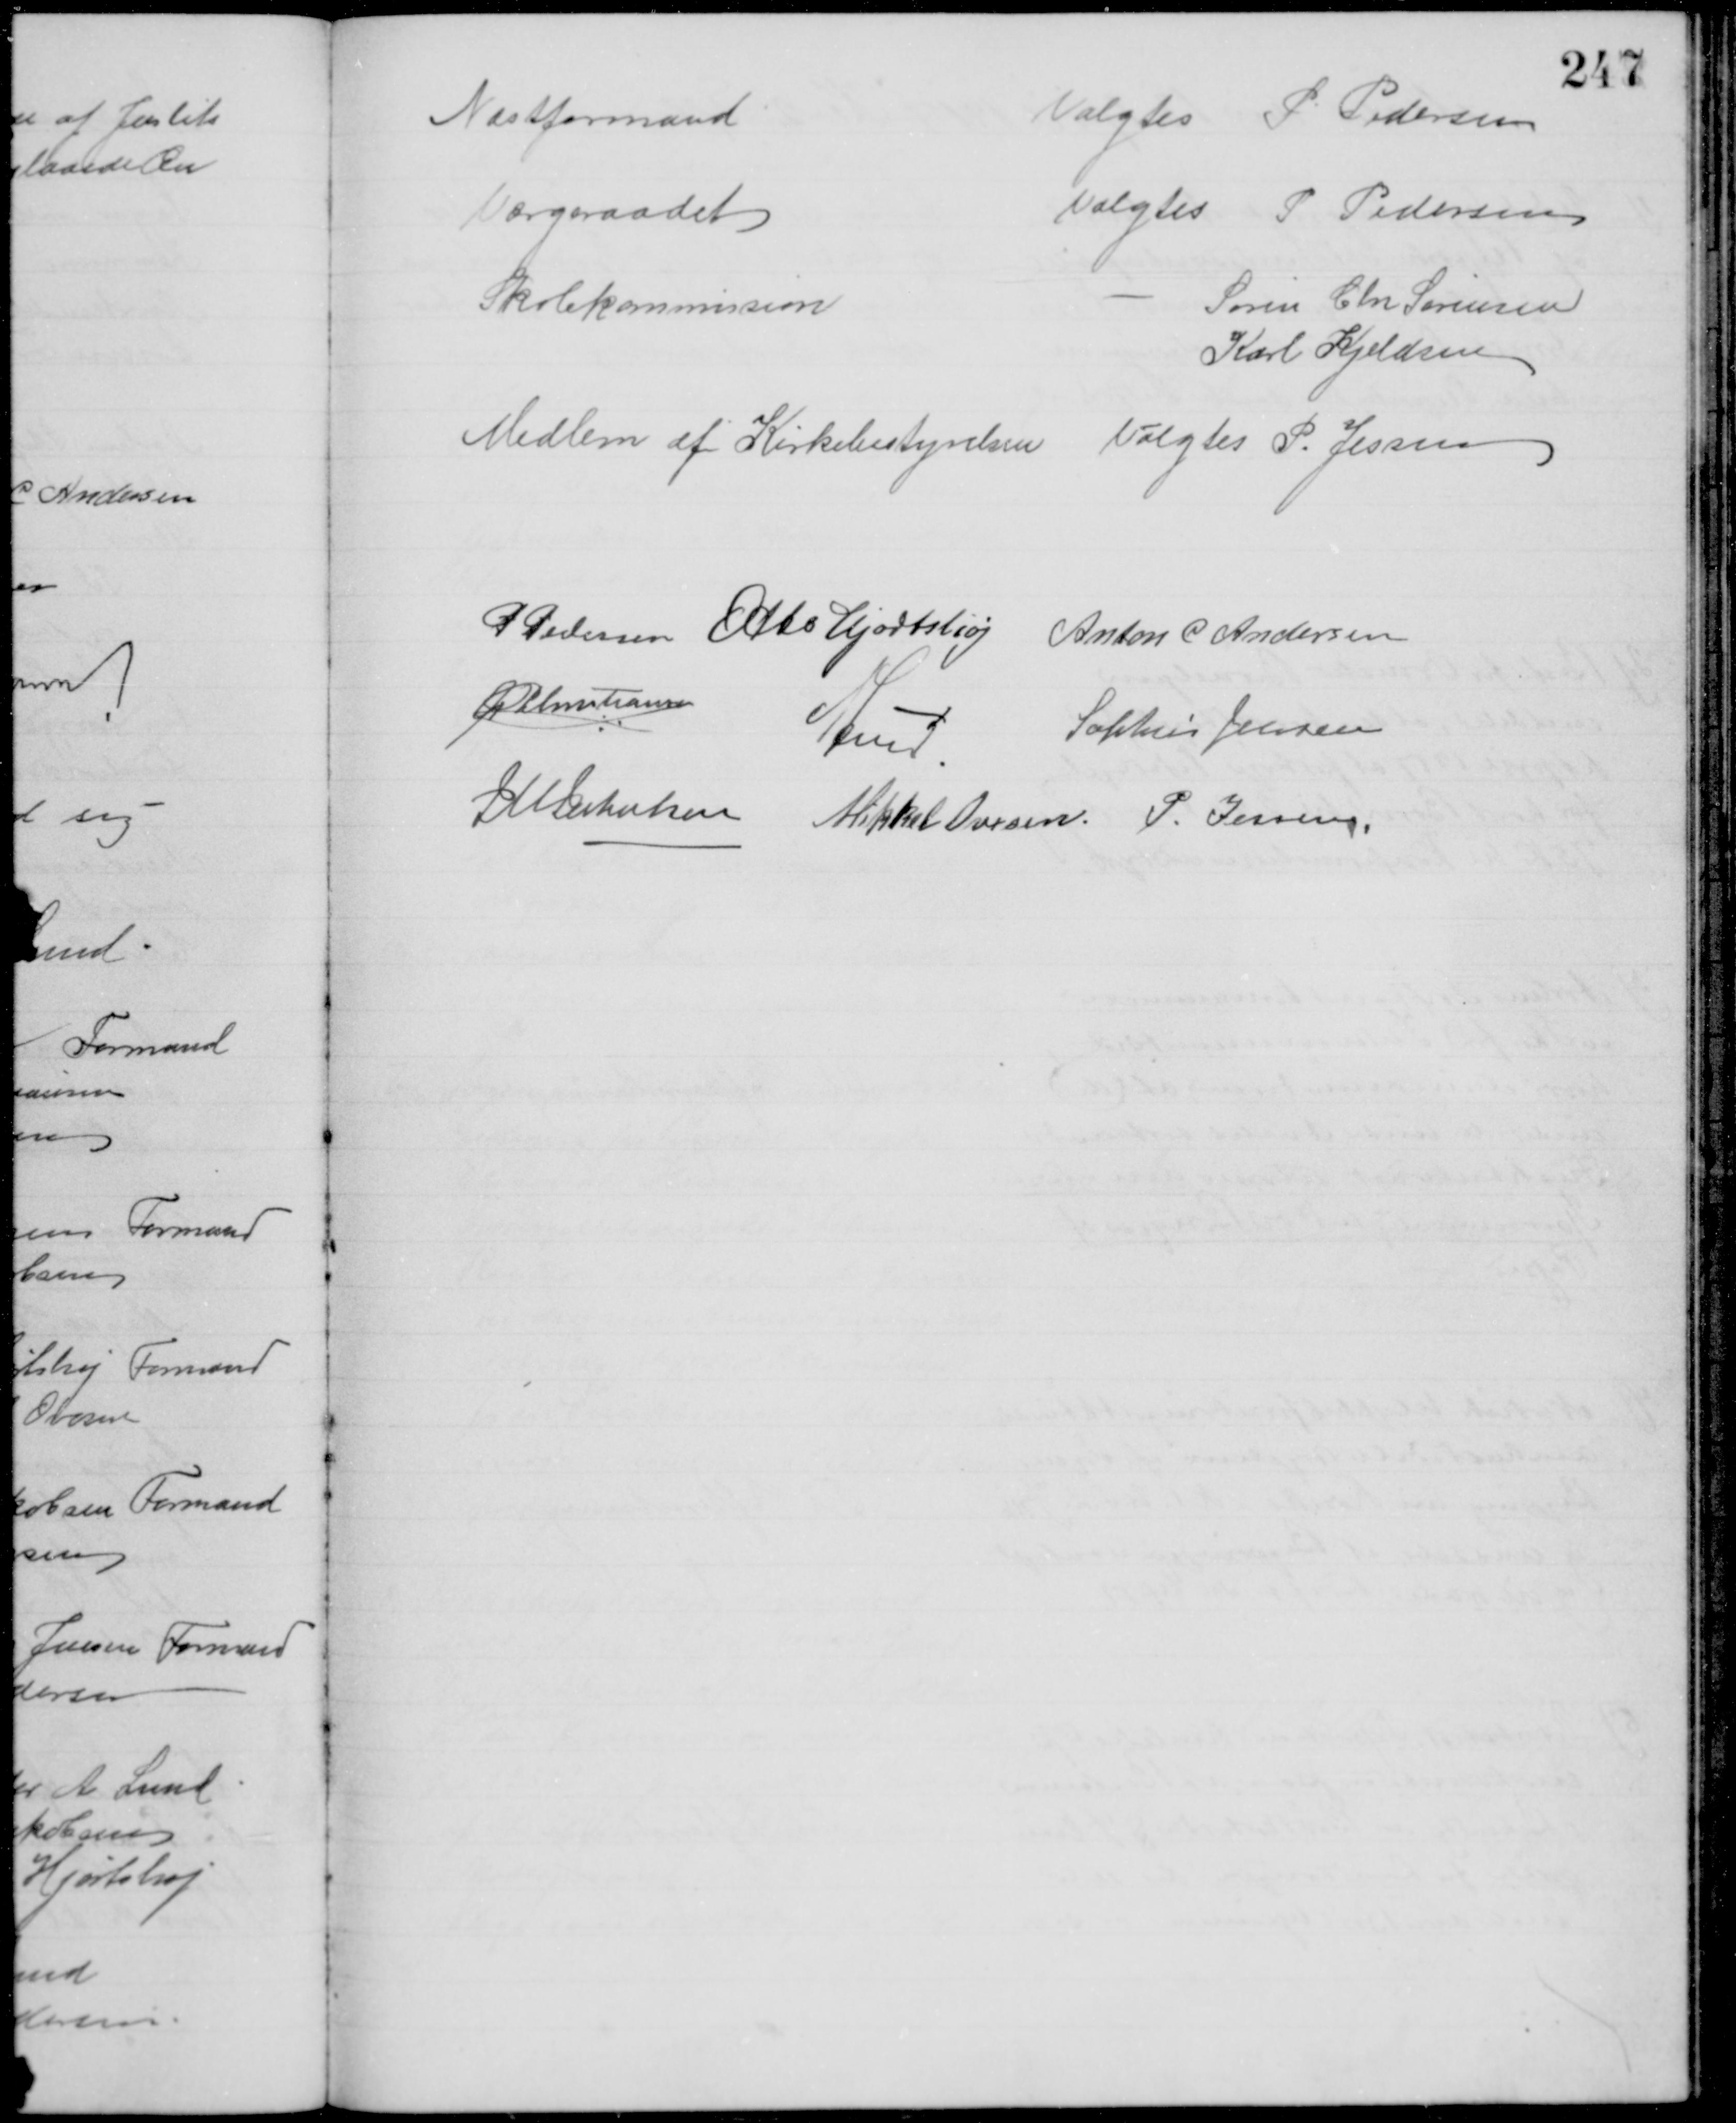
Transskription:
Næstformand
Valgtes P Pedersen
Værgeraadet
Valgtes P Pedersen
Skolekommission
Søren Chr Sørensen
Karl Kjeldsen
Medlem af Kirkebestyrelsen Valgtes P. Jessen
P Pedersen Otto Hjortshøj Anton C. Andersen
A P Christiansen
A Lund.
Sophus Jensen
J M Jakobsen Mikkel Ovesen P. Jessen